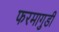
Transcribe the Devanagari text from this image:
फरमागुडी